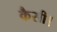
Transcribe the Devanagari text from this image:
कैसी।